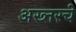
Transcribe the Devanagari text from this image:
अख्तरचे